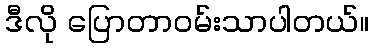
ဒီလို ပြောတာဝမ်းသာပါတယ်။